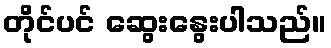
တိုင်ပင် ဆွေးနွေးပါသည်။